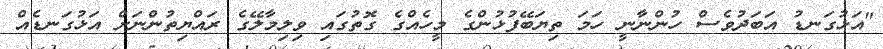
"އަޅުގަނޑު އަބަދުވެސް ހުންނާނީ ހަމަ ތިޔަބޭފުޅުންގެ މީހެއްގެ ގޮތުގައި ވިލިމާލޭގެ ރައްޔިތުންނަށް އަޅުގަނޑެއް